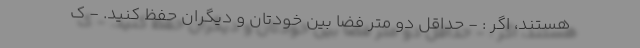
هستند، اگر : - حداقل دو متر فضا بین خودتان و دیگران حفظ کنید. - ک